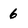
Character: 6